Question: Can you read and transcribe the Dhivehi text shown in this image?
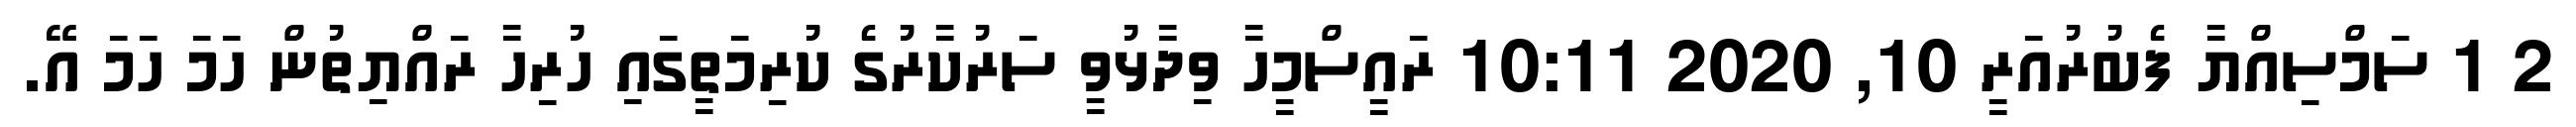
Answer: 2 1 ސަމްސިއްޔާ ފެބުރުއަރީ 10, 2020 10:11 ރައީސްމީހާ ވިދާޅުވީ ސަރުކާރުގެ ކުރިމަތީގައި ހުރިހާ ރައްޔިތުން ހަމަ ހަމަ އޭ.